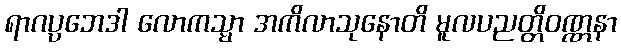
ရာဂပ္ပဘေဒါ လောကသ္မာ အကိလာသုနောတိ မူလပညတ္တိဝဏ္ဏနာ